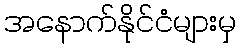
အနောက်နိုင်ငံများမှ